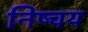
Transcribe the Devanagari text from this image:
निष्चय